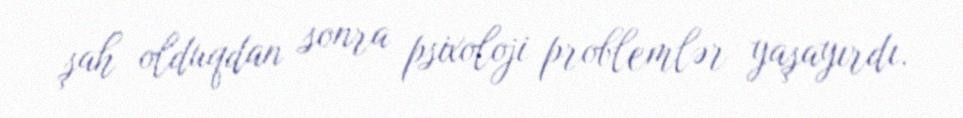
şah olduqdan sonra psixoloji problemlər yaşayırdı.